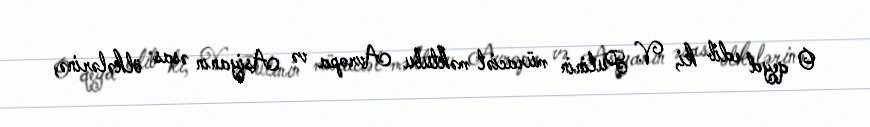
O qeyd edib ki, V. Putinin müraciət məktubu Avropa və Asiyanın əsas ölkələrinə,